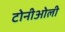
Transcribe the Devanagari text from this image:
टोनीओली